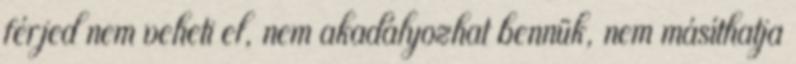
férjed nem veheti el, nem akadályozhat bennük, nem másíthatja